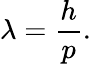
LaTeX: \lambda={\frac{h}{p}}.